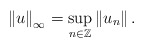
\begin{align*}\left\| u\right\| _{\infty}=\sup_{n\in\mathbb{Z}}\left\| u_n \right\| .\end{align*}